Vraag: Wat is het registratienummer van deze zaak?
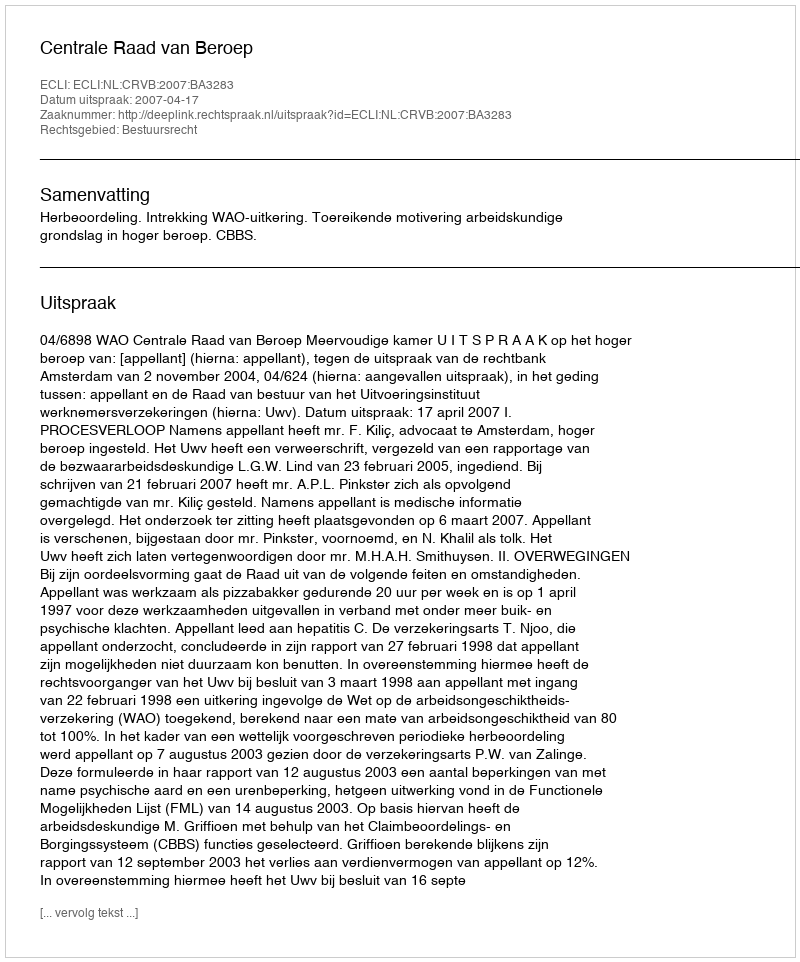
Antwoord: http://deeplink.rechtspraak.nl/uitspraak?id=ECLI:NL:CRVB:2007:BA3283